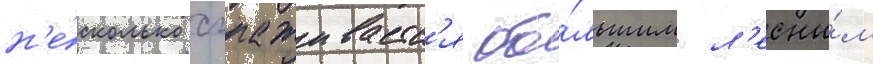
н'е́сколько сглаживаетс'я бо́льшим л'есны́м